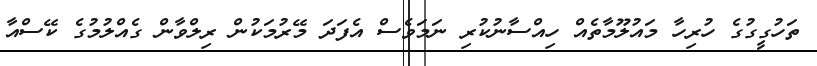
ތަހުގީގުގެ ހުރިހާ މައުލޫމާތެއް ހިއްސާނުކުރި ނަމަވެސް އެފަދަ މޭރުމަކުން ރިލްވާން ގެއްލުމުގެ ކޭސްއާ